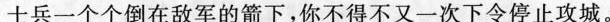
士兵一个个倒在敌军的箭下,你不得不又一次下令停止攻城。